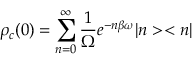
\rho _ { c } ( 0 ) = \sum _ { n = 0 } ^ { \infty } \frac { 1 } { \Omega } e ^ { - n \beta \omega } | n > < n |